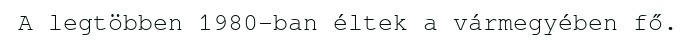
A legtöbben 1980-ban éltek a vármegyében fő.